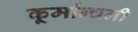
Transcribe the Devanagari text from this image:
कूर्मान्चली